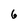
Character: 6